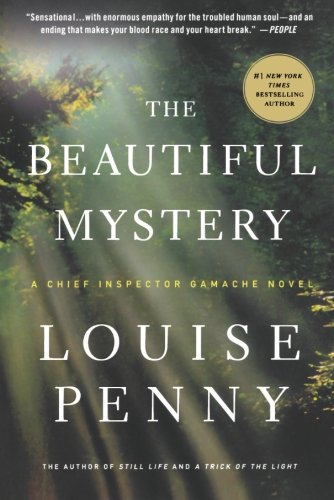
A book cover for The Beautiful Mystery: A Chief Inspector Gamache Novel; Louise Penny; Mystery, Thriller & Suspense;